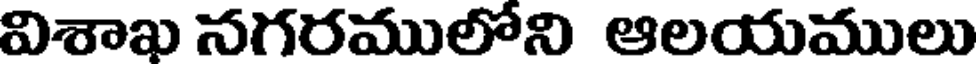
విశాఖ నగరములోని ఆలయములు